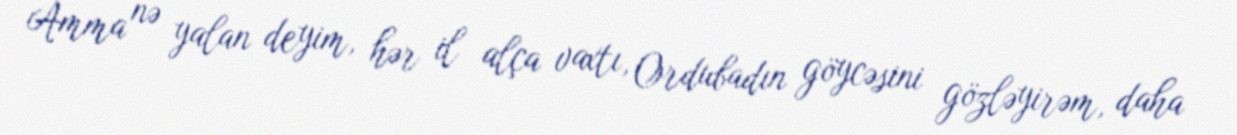
Amma nə yalan deyim, hər il alça vaxtı, Ordubadın göycəsini gözləyirəm, daha